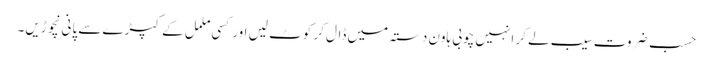
حسب ضروت سیب لے کر انہیں چوبی ہاون دستہ میں ڈال کر کوٹ لیں اور کسی ململ کے کپڑے سے پانی نچوڑیں۔